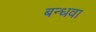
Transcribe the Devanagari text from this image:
बन्धवा